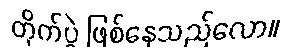
တိုက်ပွဲ ဖြစ်နေသည်လော။